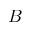
B